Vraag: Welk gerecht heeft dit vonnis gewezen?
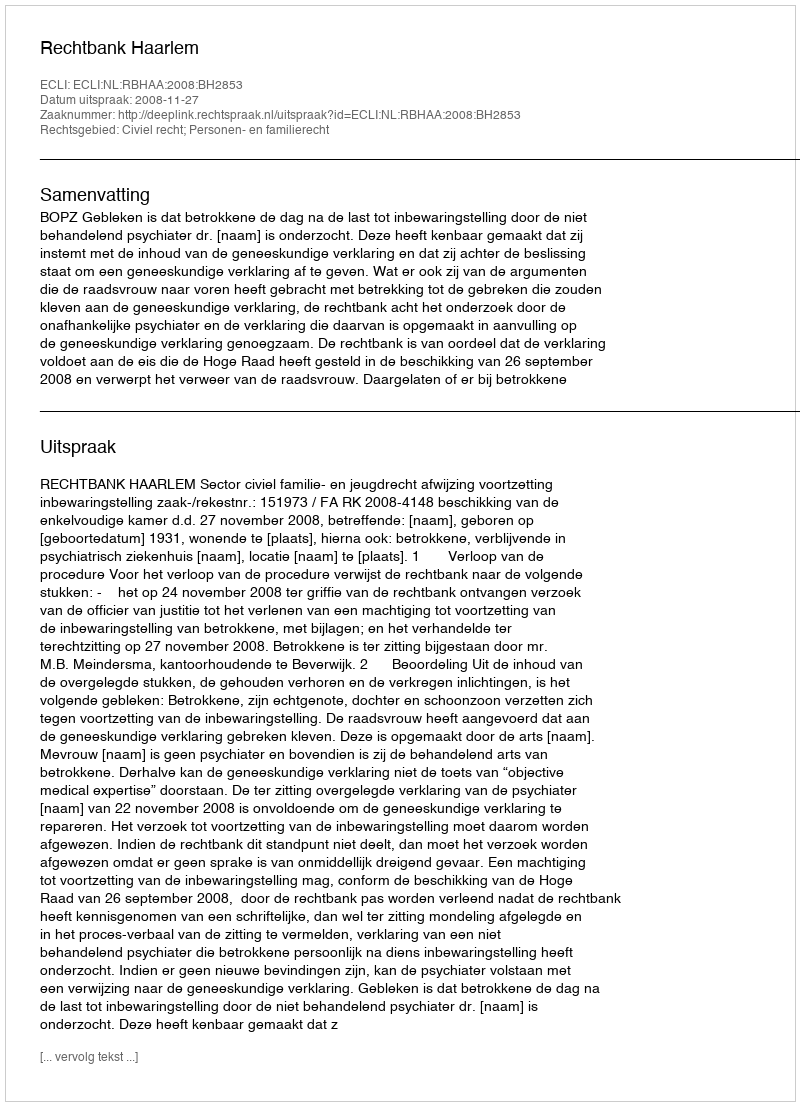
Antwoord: Rechtbank Haarlem